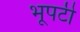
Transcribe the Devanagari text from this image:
भूपटी